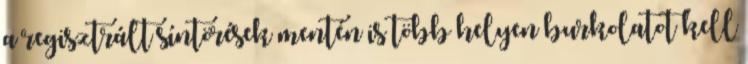
a regisztrált síntörések mentén is több helyen burkolatot kell